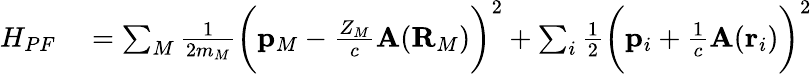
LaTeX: \begin{array}{rl}{H_{PF}}&{{}=\sum_{M}\frac{1}{2m_{M}}\bigg(\mathbf{p}_{M}-\frac{Z_{M}}{c}\mathbf{A}(\mathbf{R}_{M})\bigg)^{2}+\sum_{i}\frac{1}{2}\bigg(\mathbf{p}_{i}+\frac{1}{c}\mathbf{A}(\mathbf{r}_{i})\bigg)^{2}}\end{array}